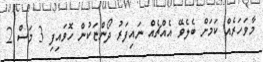
މާވަހަރެއް ކަމަށް ބެލެވޭ އެއްޗެއް ނައިފަރު ދޯންޏަކުން ހޮވައިފި 3 މަސް 2